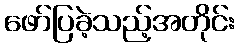
ဖော်ပြခဲ့သည့်အတိုင်း